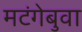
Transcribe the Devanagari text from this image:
मटंगेबुवा